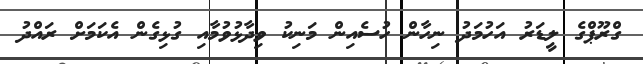
ގްރޫޕްގެ ލީޑަރު އަހުމަދު ނިހާން ހުސެއިން މަނިކު ވިދާޅުވުމާއި ގުޅިގެން އެކަމަށް ރައްދު